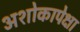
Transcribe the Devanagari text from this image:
अशोकापेक्षा